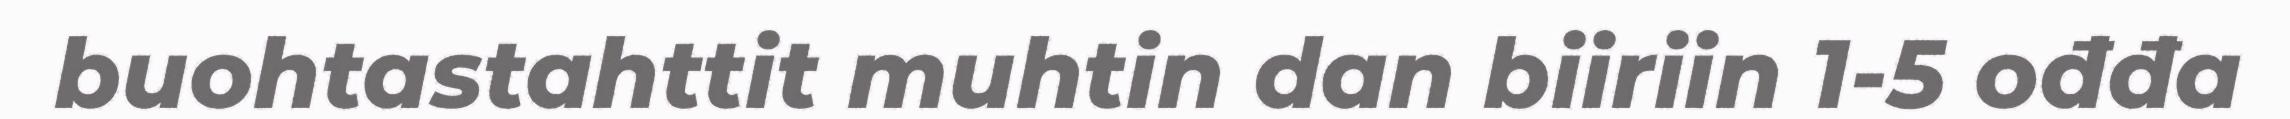
buohtastahttit muhtin dan biiriin 1-5 ođđa